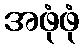
အဖုံဖုံ